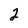
Character: 2